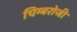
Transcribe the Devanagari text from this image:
चिम्बरोजी